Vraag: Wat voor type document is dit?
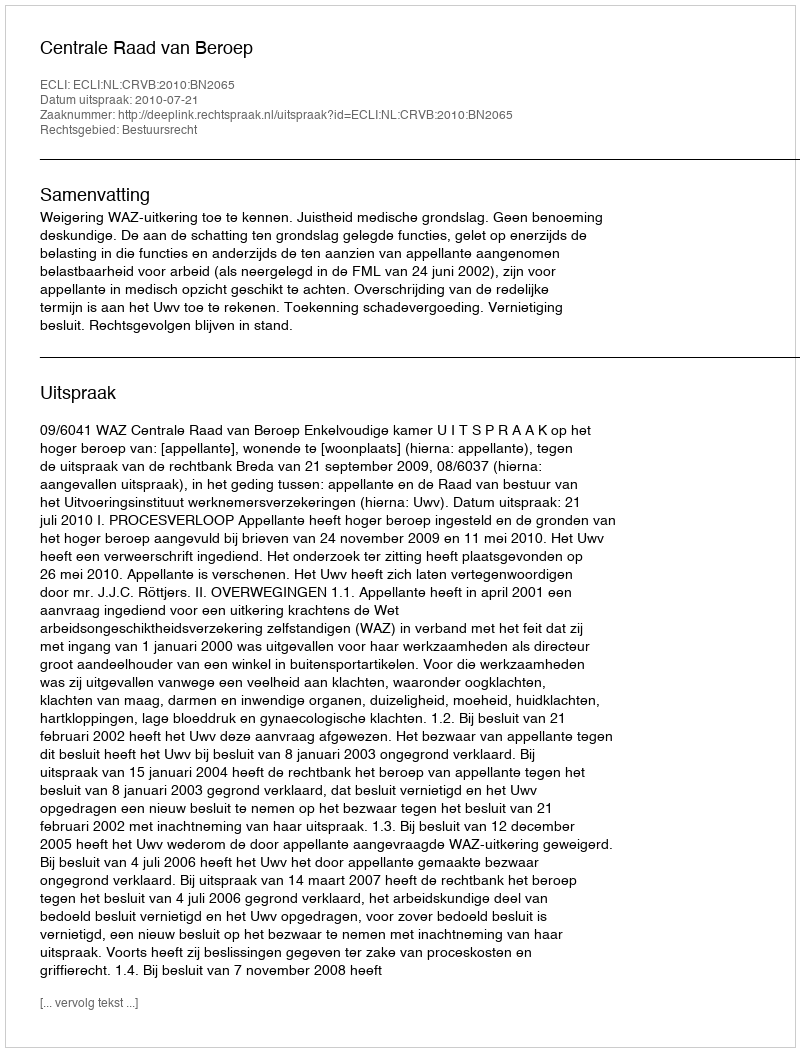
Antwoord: Uitspraak